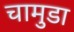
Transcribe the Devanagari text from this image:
चामुडा